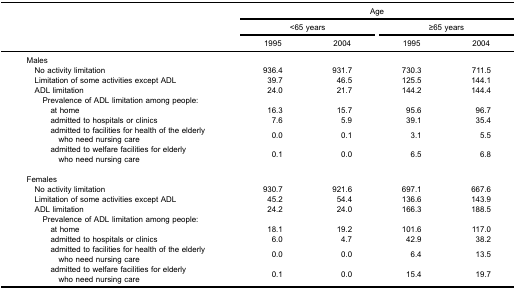
<table><thead><tr><td><b> </b></td><td colspan="4"><b>Age</b></td></tr><tr><td><b> </b></td><td colspan="2"><b>&lt;65 years</b></td><td colspan="2"><b>≥65 years</b></td></tr><tr><td><b> </b></td><td><b>1995</b></td><td><b>2004</b></td><td><b>1995</b></td><td><b>2004</b></td></tr></thead><tbody><tr><td>Males</td><td> </td><td> </td><td> </td><td> </td></tr><tr><td> No activity limitation</td><td>936.4</td><td>931.7</td><td>730.3</td><td>711.5</td></tr><tr><td> Limitation of some activities except ADL</td><td>39.7</td><td>46.5</td><td>125.5</td><td>144.1</td></tr><tr><td> ADL limitation</td><td>24.0</td><td>21.7</td><td>144.2</td><td>144.4</td></tr><tr><td>Prevalence of ADL limitation among people:</td><td> </td><td> </td><td> </td><td> </td></tr><tr><td>at home</td><td>16.3</td><td>15.7</td><td>95.6</td><td>96.7</td></tr><tr><td>admitted to hospitals or clinics</td><td>7.6</td><td>5.9</td><td>39.1</td><td>35.4</td></tr><tr><td>admitted to facilities for health of the elderly​who need nursing care</td><td>0.0</td><td>0.1</td><td>3.1</td><td>5.5</td></tr><tr><td>admitted to welfare facilities for elderly​who need nursing care</td><td>0.1</td><td>0.0</td><td>6.5</td><td>6.8</td></tr><tr><td colspan="5"> </td></tr><tr><td>Females</td><td> </td><td> </td><td> </td><td> </td></tr><tr><td> No activity limitation</td><td>930.7</td><td>921.6</td><td>697.1</td><td>667.6</td></tr><tr><td> Limitation of some activities except ADL</td><td>45.2</td><td>54.4</td><td>136.6</td><td>143.9</td></tr><tr><td> ADL limitation</td><td>24.2</td><td>24.0</td><td>166.3</td><td>188.5</td></tr><tr><td>Prevalence of ADL limitation among people:</td><td> </td><td> </td><td> </td><td> </td></tr><tr><td>at home</td><td>18.1</td><td>19.2</td><td>101.6</td><td>117.0</td></tr><tr><td>admitted to hospitals or clinics</td><td>6.0</td><td>4.7</td><td>42.9</td><td>38.2</td></tr><tr><td>admitted to facilities for health of the elderly​who need nursing care</td><td>0.0</td><td>0.0</td><td>6.4</td><td>13.5</td></tr><tr><td>admitted to welfare facilities for elderly​who need nursing care</td><td>0.1</td><td>0.0</td><td>15.4</td><td>19.7</td></tr></tbody></table>